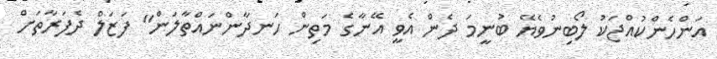
އަންހެންކުއްޖަކު ލޯބިނުވެޔޭ ބުނީމަ ދެން އެވީ އޭނާގެ މަތިން ހަނދާންނައްތާލަން" ފަޒަލް ދެފަރާތަށް